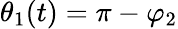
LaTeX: \theta_{1}(t)=\pi-\varphi_{2}